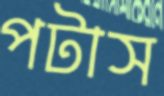
পটাস